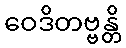
ဝေဒိတဗ္ဗန္တိ